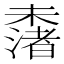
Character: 𣜾